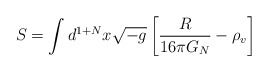
\begin{align*} S=\int d^{1+N}x\sqrt{-g}\left[ \frac{R}{16 \pi G_N}-\rho_v \right]\end{align*}